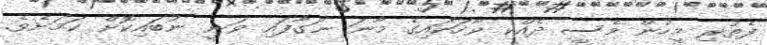
ފެތުރި މީހުން މެސީ ދެއްކި ވާހަކައިގެ މާނަ ނަގާފައި ވަނީ ނުބައިކޮށް ކަމަށެވެ.